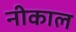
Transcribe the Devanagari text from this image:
नीकाल